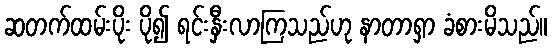
ဆတက်ထမ်းပိုး ပို၍ ရင်းနှီးလာကြသည်ဟု နာတာရှာ ခံစားမိသည်။